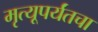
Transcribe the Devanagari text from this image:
मृत्यूपर्यंतचा